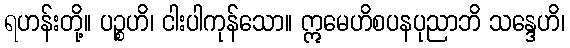
ရဟန်းတို့။ ပဉ္စဟိ၊ ငါးပါကုန်သော။ ဣမေဟိစပနပုညာဘိ သန္ဒေဟိ၊